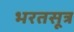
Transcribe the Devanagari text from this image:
भरतसूत्र